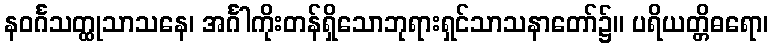
နဝင်္ဂသတ္ထုသာသနေ၊ အင်္ဂါကိုးတန်ရှိသောဘုရားရှင်သာသနာတော်၌။ ပရိယတ္တိဓရော၊